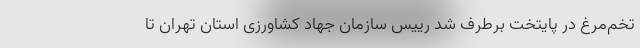
تخم‌مرغ در پایتخت برطرف شد رییس سازمان جهاد کشاورزی استان تهران تا